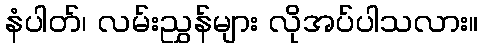
နံပါတ်၊ လမ်းညွှန်များ လိုအပ်ပါသလား။